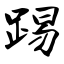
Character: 踢